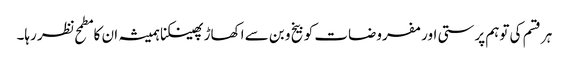
ہر قسم کی توہم پرستی اور مفروضات کو بیخ و بن سے اکھاڑ پھینکنا ہمیشہ ان کا مطمح نظر رہا۔